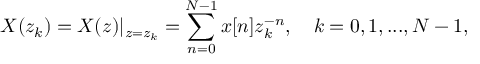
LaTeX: X ( z _ { k } ) = X ( z ) | _ { z = z _ { k } } = \sum _ { n = 0 } ^ { N - 1 } x [ n ] z _ { k } ^ { - n } , \quad k = 0 , 1 , . . . , N - 1 ,